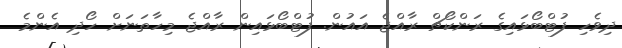
ދިވެހި ފުޓްބޯޅައިގެ ރަންކޯޗް ރާއްޖެ އައުން. ފުޓްބޯޅައިން ރާއްޖެ މިހާތަނަށް ހޯދި އެންމެ